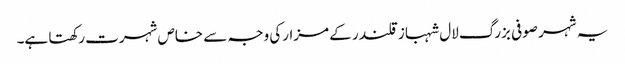
یہ شہر صوفی بزرگ لال شہباز قلندر کے مزارکی وجہ سے خاص شہرت رکھتا ہے۔